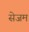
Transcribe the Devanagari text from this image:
सेजम